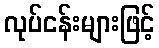
လုပ်ငန်းများဖြင့်